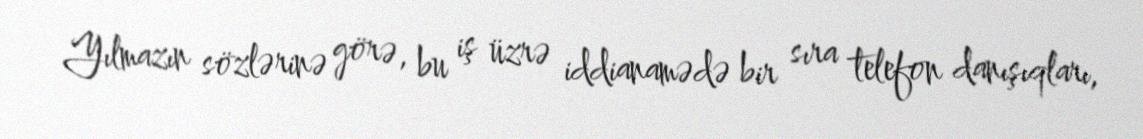
Yılmazın sözlərinə görə, bu iş üzrə iddianamədə bir sıra telefon danışıqları,